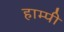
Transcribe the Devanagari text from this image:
हाम्पी